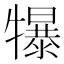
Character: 犦